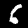
Digit: 6